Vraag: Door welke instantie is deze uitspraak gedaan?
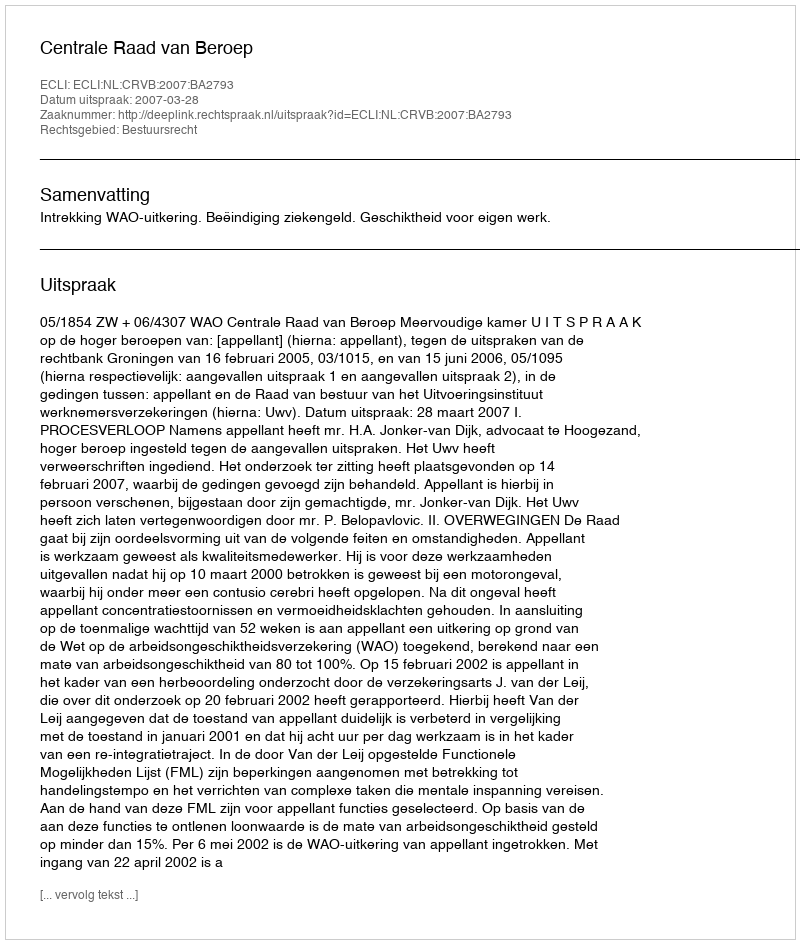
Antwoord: Centrale Raad van Beroep